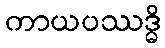
ကာယပဿဒ္ဓိ